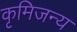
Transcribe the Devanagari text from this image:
कृमिजन्य